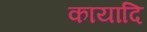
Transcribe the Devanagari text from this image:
कायादि